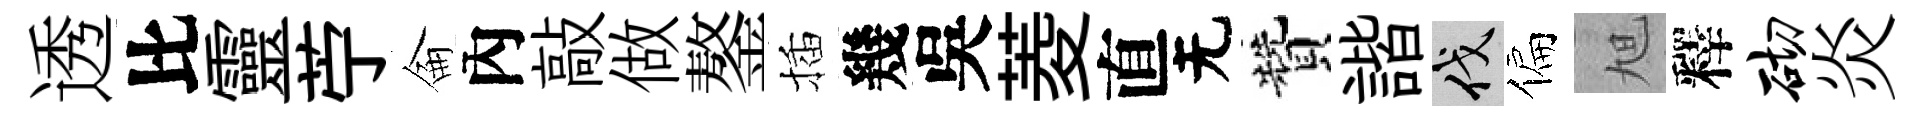
透比靈苧侖內敲做鏊插幾吳菱直无贊諧伐偏旭釋砌炎